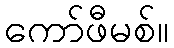
ကော်ဖီမစ်။